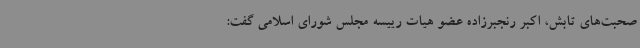
صحبت‌های تابش، اکبر رنجبرزاده عضو هیات رییسه مجلس شورای اسلامی گفت: